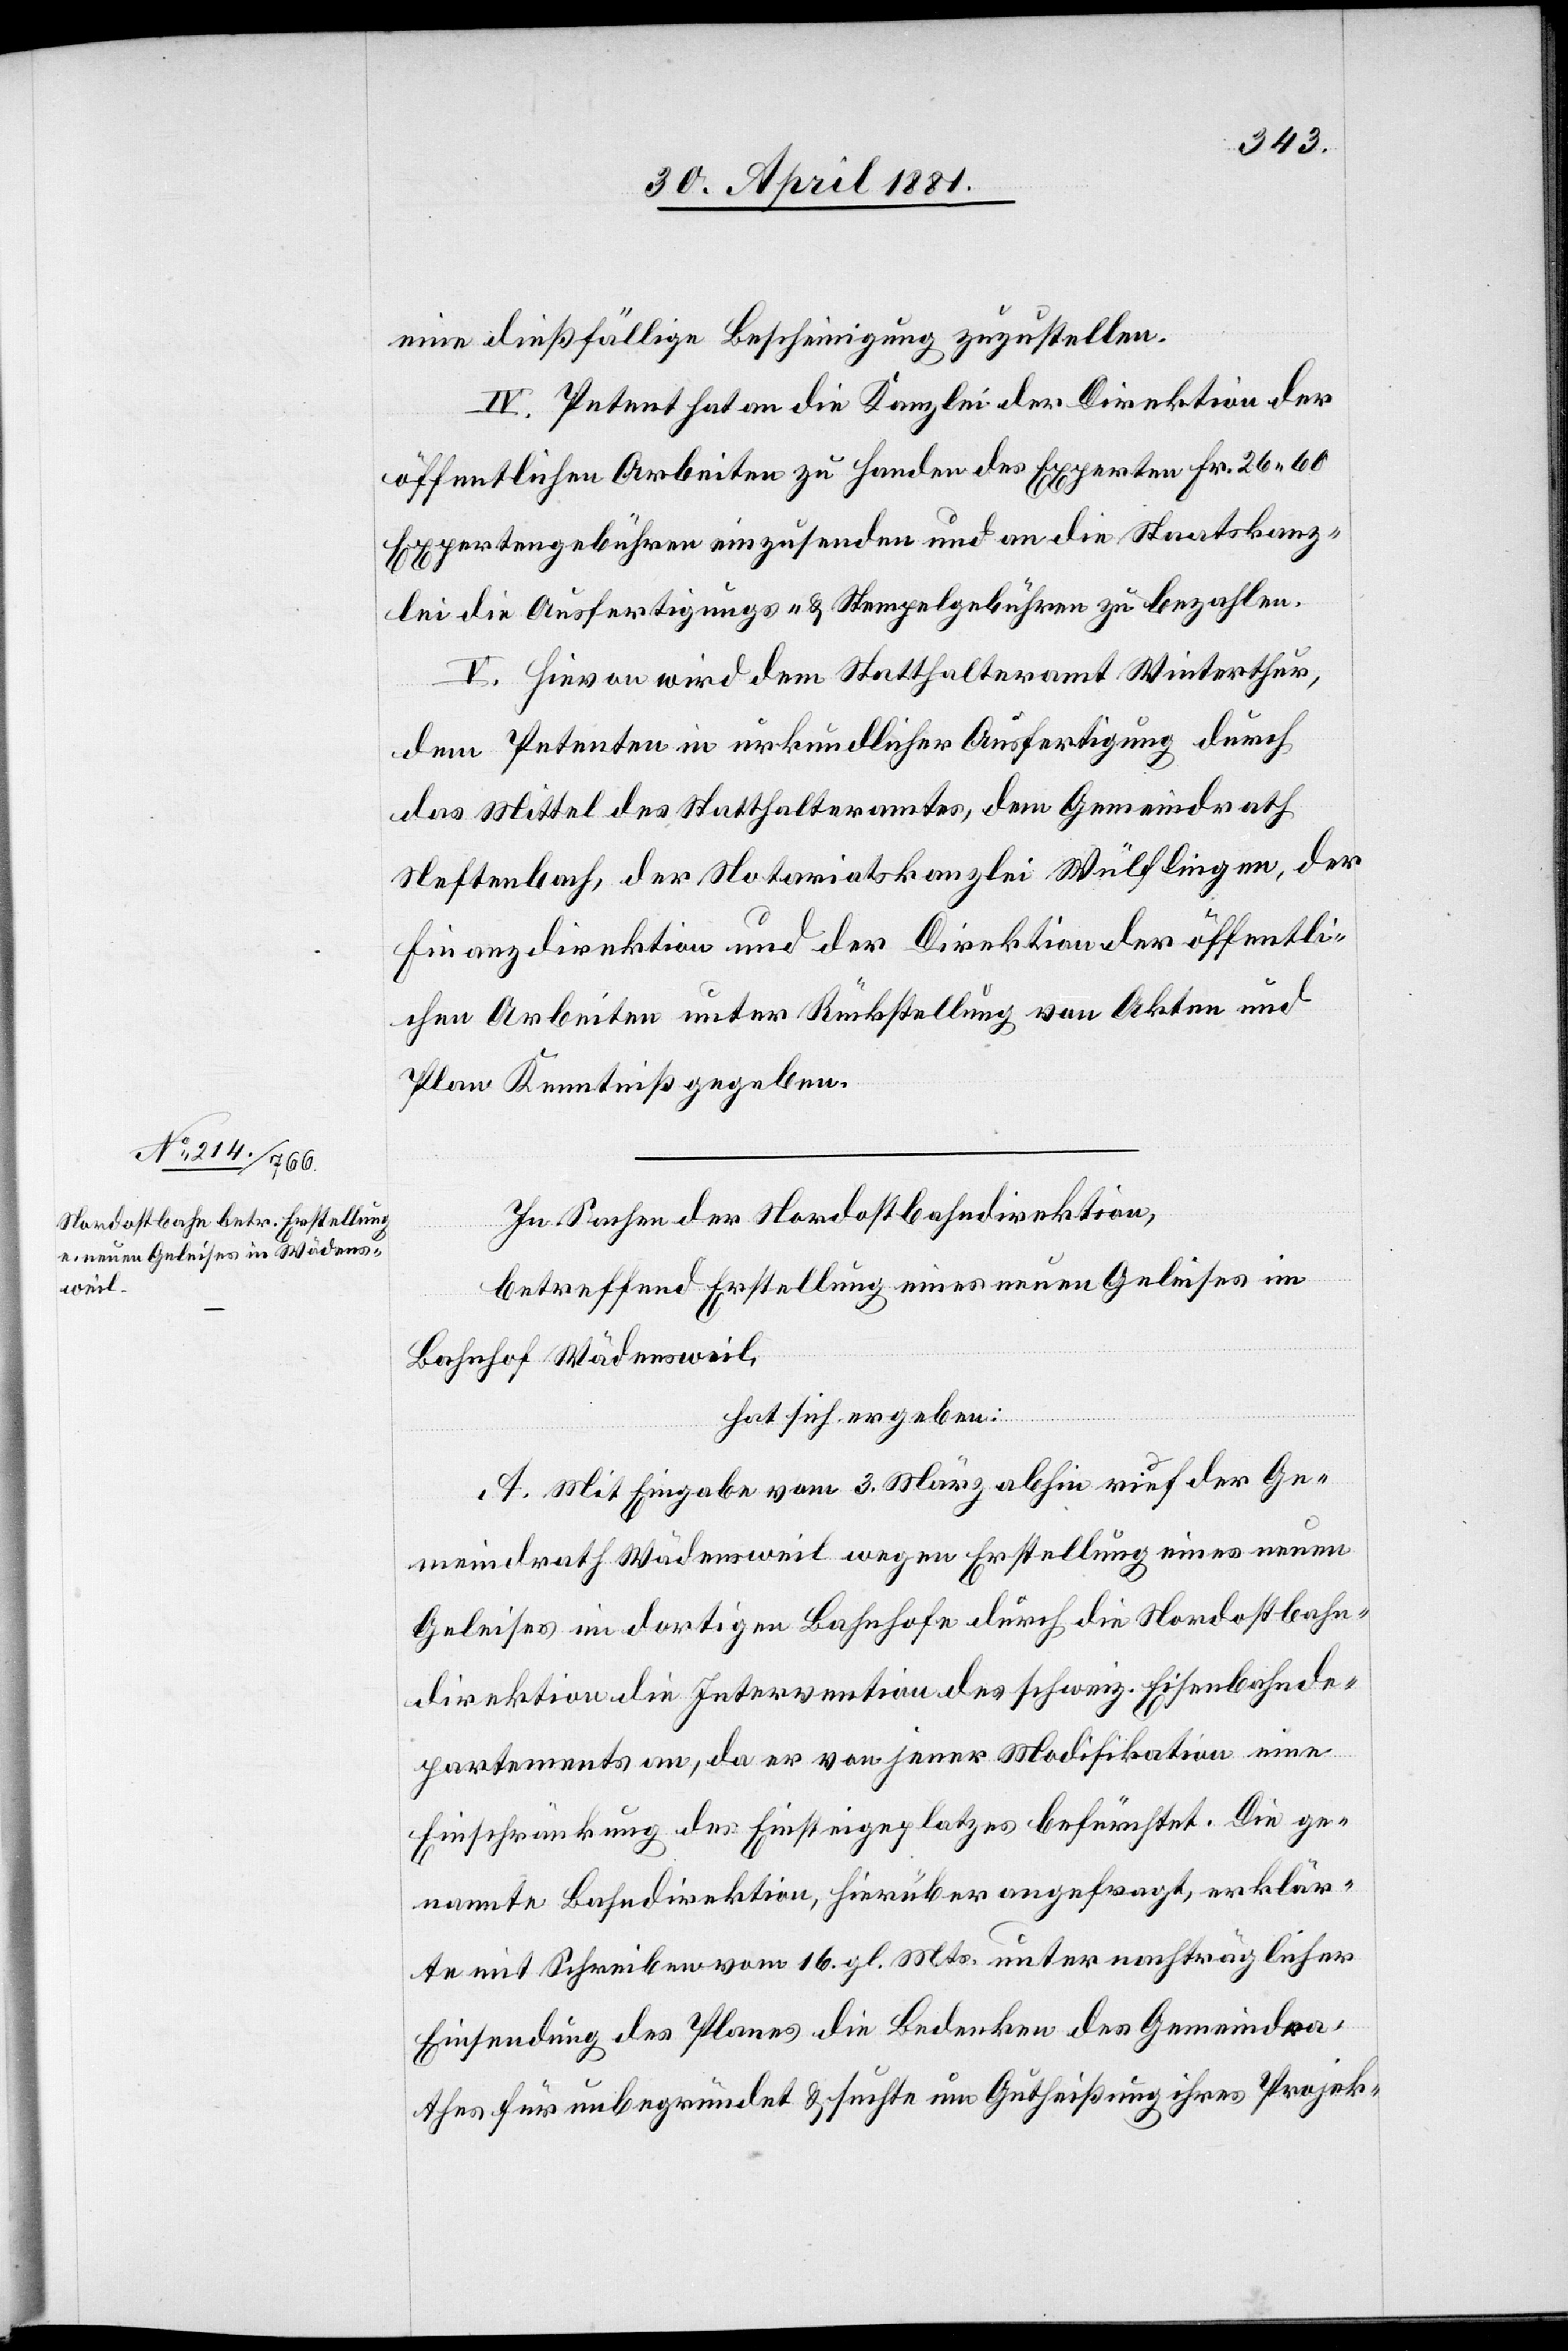
eine dießfällige Bescheinigung zuzustellen.
IV. Petent hat an die Kanzlei der Direktion der
öffentlichen Arbeiten zu Handen des Experten Fr. 26. 60
Expertengebühren einzusenden und an die Staatskanz¬
lei die Ausfertigungs- & Stempelgebühren zu bezahlen.
V. Hievon wird dem Statthalteramt Winterthur,
dem Petenten in urkundlicher Ausfertigung durch
das Mittel des Statthalteramtes, dem Gemeindrath
Neftenbach, der Notariatskanzlei Wülflingen, der
Finanzdirektion und der Direktion der öffentli¬
chen Arbeiten unter Rückstellung von Akten und
Plan Kenntniß gegeben.
In Sachen der Nordostbahndirektion,
betreffend Erstellung eines neuen Geleises im
Bahnhof Wädensweil,
hat sich ergeben:
A. Mit Eingabe vom 3. März abhin rief der Ge¬
meindrath Wädensweil wegen Erstellung eines neuen
Geleises im dortigen Bahnhofe durch die Nordostbahn¬
direktion die Intervention des schweiz. Eisenbahnde¬
partements an, da er von jener Modifikation eine
Einschränkung des Einsteigeplatzes befürchtet. Die ge¬
nannte Bahndirektion, hierüber angefragt, erklär¬
te mit Schreiben vom 16. gl. Mts. unter nachträglicher
Einsendung des Planes die Bedenken des Gemeindra¬
thes für unbegründet & suchte um Gutheißung ihres Projek-